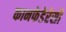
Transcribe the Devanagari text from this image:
कानफेडेरेसी